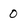
Character: 0